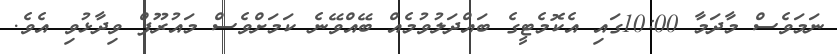
ނަމަވެސް މާދަމާ 10:00ގައި އެކޮމެޓީގެ ބައްދަލުވުމެއް ބޭއްވޭނެ ކަމަށްވެސް މައުރޫފް ވިދާޅުވި އެވެ.